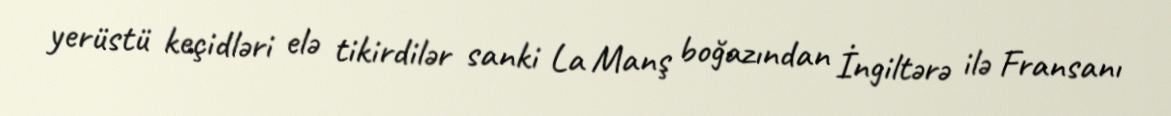
yerüstü keçidləri elə tikirdilər sanki La Manş boğazından İngiltərə ilə Fransanı